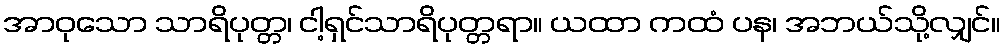
အာဝုသော သာရိပုတ္တ၊ ငါ့ရှင်သာရိပုတ္တရာ။ ယထာ ကထံ ပန၊ အဘယ်သို့လျှင်။